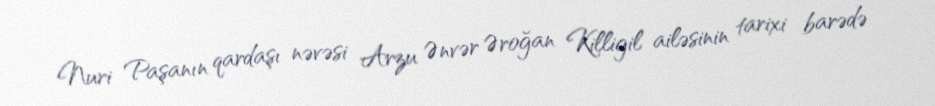
Nuri Paşanın qardaşı nəvəsi Arzu Ənvər Əroğan Killigil ailəsinin tarixi barədə